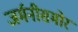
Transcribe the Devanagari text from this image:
जर्मनीसमोर